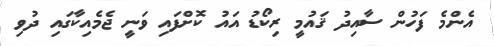
އެންމެ ފަހުން ސާއިދު ޤައުމީ ރިކޯޑު އައު ކޮށްފައި ވަނީ ޖެމެއިކާގައި ދުވި